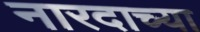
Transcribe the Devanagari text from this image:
नारदाच्या